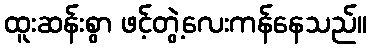
ထူးဆန်းစွာ ဖင့်တွဲ့လေးကန်နေသည်။